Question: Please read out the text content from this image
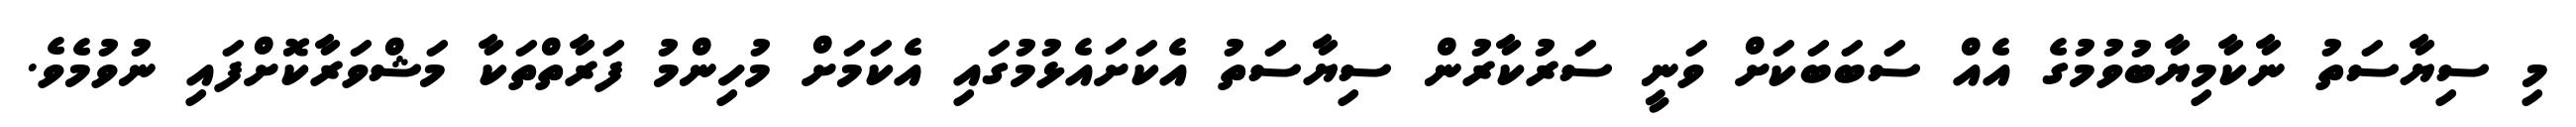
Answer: މި ސިޔާސަތު ނާކާމިޔާބުވުމުގެ އެއް ސަބަބަކަށް ވަނީ ސަރުކާރުން ސިޔާސަތު އެކަށައެޅުމުގައި އެކަމަށް މުހިންމު ފަރާތްތަކާ މަޝްވަރާކޮށްފައި ނުވުމެވެ.